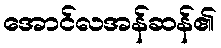
အောင်လအန်ဆန်၏